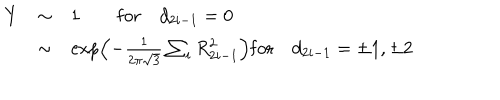
LaTeX: \begin{array} { r c l } { { Y } } & { { \sim } } & { { 1 \qquad \mathrm { f o r } \quad d _ { 2 i - 1 } = 0 \nonumber } } \\ { { } } & { { \sim } } & { { \exp \left( - \frac { 1 } { 2 \pi \sqrt { 3 } } \sum _ { i } R _ { 2 i - 1 } ^ { 2 } \right) \mathrm { f o r } \quad d _ { 2 i - 1 } = \pm 1 , \pm 2 } } \\ \end{array}